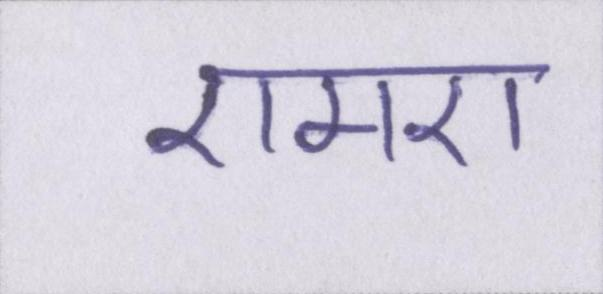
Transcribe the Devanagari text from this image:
एमए